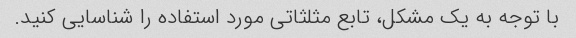
با توجه به یک مشکل، تابع مثلثاتی مورد استفاده را شناسایی کنید.